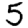
Digit: 5